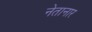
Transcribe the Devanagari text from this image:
नेतानार